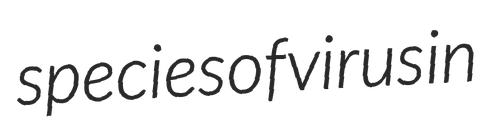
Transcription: species of virus in